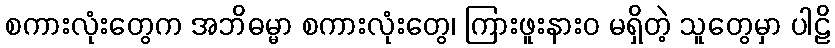
စကားလုံးတွေက အဘိဓမ္မာ စကားလုံးတွေ၊ ကြားဖူးနားဝ မရှိတဲ့ သူတွေမှာ ပါဠိ